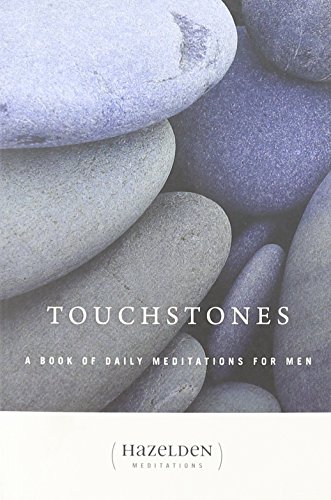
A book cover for Touchstones: A Book Of Daily Meditations For Men; Various; Religion & Spirituality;